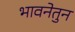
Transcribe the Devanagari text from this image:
भावनेतुन